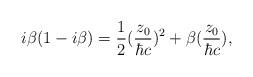
LaTeX: \begin{align*}i{\beta}(1-i{\beta}) = \frac{1}{2} (\frac{z_0}{{\hbar}c})^2+ {\beta} (\frac{z_0}{{\hbar}c}),\end{align*}